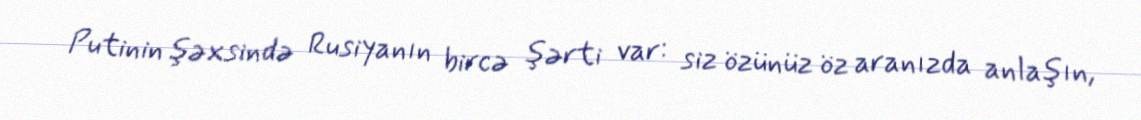
Putinin şəxsində Rusiyanın bircə şərti var: siz özünüz öz aranızda anlaşın,